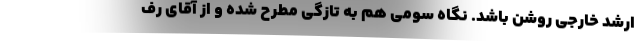
ارشد خارجی روشن باشد. نگاه سومی هم به تازگی مطرح شده و از آقای رف